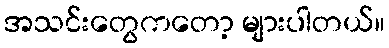
အသင်းတွေကတော့ များပါတယ်။